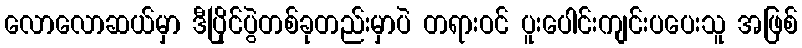
လောလောဆယ်မှာ ဒီပြိုင်ပွဲတစ်ခုတည်းမှာပဲ တရားဝင် ပူးပေါင်းကျင်းပပေးသူ အဖြစ်